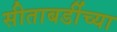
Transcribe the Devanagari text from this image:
सीताबर्डीच्या